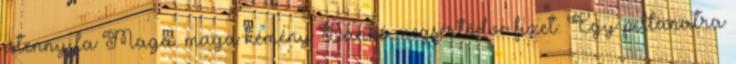
istennyila Maga. maga kémény Dankó megsértődve fizet. Egy pillanatra